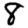
Digit: 8